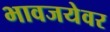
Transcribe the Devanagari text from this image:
भावजयेवर